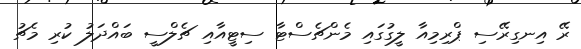
ރޭ އިނގިރޭސި ޕްރިމިއާ ލީގުގައި މެންޗެސްޓާ ސިޓީއާއި ޗެލްސީ ބައްދަލު ކުރި މެޗު